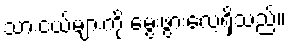
သားငယ်များကို မွေးဖွားလေ့ရှိသည်။